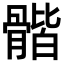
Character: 𩩰